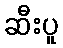
ဆီးပူ